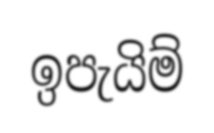
ඉපැයිම්